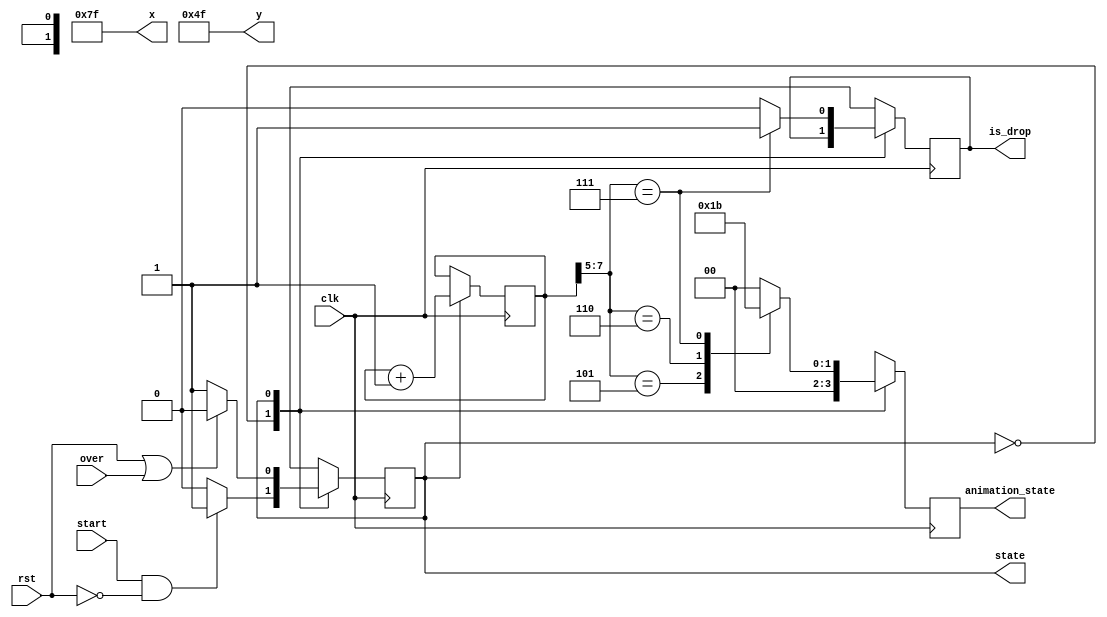
`timescale 1ns / 1ps

module kong(
    input wire clk,
    input wire rst,
    input wire start,
    input wire over,
    output reg is_drop,
    output wire [9:0] x,
    output wire [8:0] y,
    output reg state,
    output reg [1:0] animation_state//kingkong
    );

    localparam KONG_INITIAL = 1'b0,
               KONG_PLAYING = 1'b1;

    localparam KONG_NORMAL = 2'b00,
               KONG_GET    = 2'b01,
               KONG_HOLD   = 2'b10,
               KONG_DROP   = 2'b11;
    //
    localparam KONG_INITIAL_X = 127,
               KONG_INITIAL_Y = 79;
    
    reg next_state;
    reg [7:0] animation_counter;

    assign x = KONG_INITIAL_X;
    assign y = KONG_INITIAL_Y;
    
    initial begin
        state = KONG_INITIAL;
        next_state = KONG_INITIAL;
        animation_state = KONG_NORMAL;
        animation_counter = 0;
    end

    always@ (posedge clk) begin
        state <= next_state;
    end
    // 
    always@ (posedge clk) begin
        case(state)
            KONG_INITIAL: begin
                animation_state = KONG_NORMAL;
            end
            KONG_PLAYING: begin
                case (animation_counter[7:5])
                    3'b101: begin
                        is_drop = 0;
                        animation_state = KONG_GET;
                    end
                    3'b110: begin
                        is_drop = 0;
                        animation_state = KONG_HOLD;
                    end
                    3'b111: begin
                        is_drop = 1;
                        animation_state = KONG_DROP;
                    end
                    default: begin
                        is_drop = 0;
                        animation_state = KONG_NORMAL;
                    end
                endcase
                animation_counter <= animation_counter + 1'b1;
            end
        endcase
    end

    always@ (*) begin
        next_state = state;
        case(state)
            KONG_INITIAL: begin
                if(start & (~rst)) next_state = KONG_PLAYING;
                else next_state = KONG_INITIAL;
            end
            KONG_PLAYING: begin
                if(rst | over) next_state = KONG_INITIAL;
                else next_state = KONG_PLAYING;
            end
        endcase
    end

endmodule